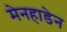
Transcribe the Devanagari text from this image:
मेनहाडेन